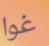
غوا